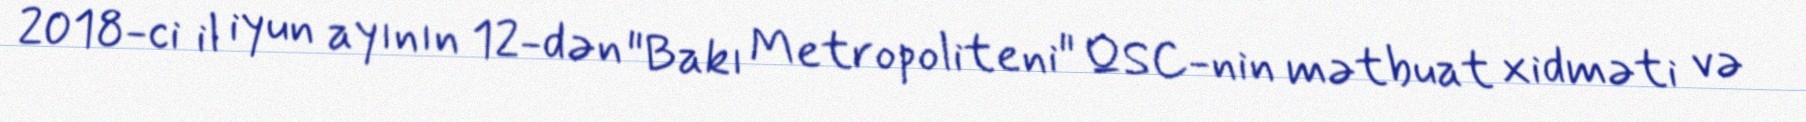
2018-ci il iyun ayının 12-dən "Bakı Metropoliteni" QSC-nin mətbuat xidməti və